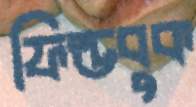
ফিল্ডবুক